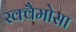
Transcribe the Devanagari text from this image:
स्क्वैमोसा